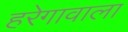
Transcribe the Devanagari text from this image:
हरेगावाला